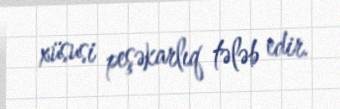
xüsusi peşəkarlıq tələb edir.